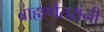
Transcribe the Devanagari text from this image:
ब्राह्मणेतरांनी